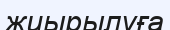
жиырылуға